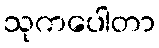
သုကပေါတာ